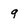
Character: 9